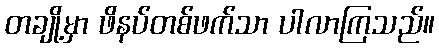
တချို့မှာ ဖိနပ်တစ်ဖက်သာ ပါလာကြသည်။